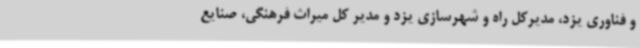
و فناوری یزد، مدیرکل راه و شهرسازی یزد و مدیر کل میراث فرهنگی، صنایع